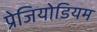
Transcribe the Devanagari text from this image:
प्रेजियोडियम